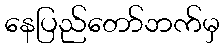
နေပြည်တော်ဘက်မှ